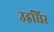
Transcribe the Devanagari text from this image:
उइघिर